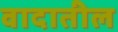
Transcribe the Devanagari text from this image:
वादातील